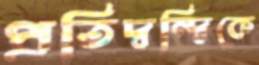
প্রতিদ্বন্দ্বিকে